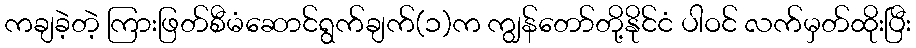
ကချခဲ့တဲ့ ကြားဖြတ်စီမံဆောင်ရွက်ချက်(၁)က ကျွန်တော်တို့နိုင်ငံ ပါဝင် လက်မှတ်ထိုးပြီး